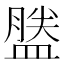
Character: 𪾕